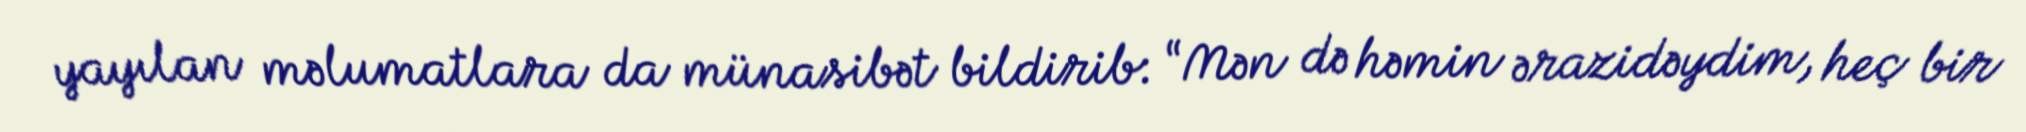
yayılan məlumatlara da münasibət bildirib: “Mən də həmin ərazidəydim, heç bir